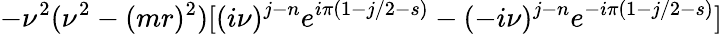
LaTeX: -\nu^{2}(\nu^{2}-(mr)^{2})[(i\nu)^{j-n}e^{i\pi(1-j/2-s)}-(-i\nu)^{j-n}e^{-i\pi(1-j/2-s)}]